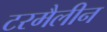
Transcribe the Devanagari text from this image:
टरमैलीन